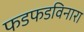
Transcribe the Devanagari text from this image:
फडफडविनारा